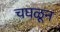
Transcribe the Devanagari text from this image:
चघळून